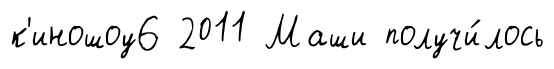
к'иношоу6 2011 Маши получи́лось